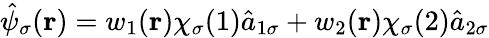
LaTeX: \begin{array}{r}{\hat{\psi}_{\sigma}(\textbf{r})=w_{1}(\textbf{r})\chi_{\sigma}(1)\hat{a}_{1\sigma}+w_{2}(\textbf{r})\chi_{\sigma}(2)\hat{a}_{2\sigma}}\end{array}